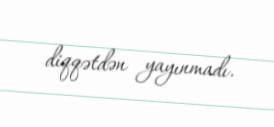
diqqətdən yayınmadı.